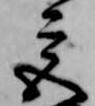
宮